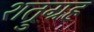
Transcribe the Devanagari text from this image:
शत्रुग्रह